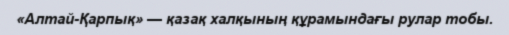
«Алтай-Қарпық» — қазақ халқының құрамындағы рулар тобы.